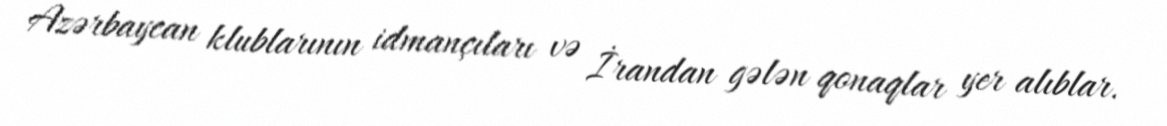
Azərbaycan klublarının idmançıları və İrandan gələn qonaqlar yer alıblar.